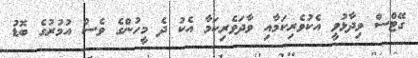
ގޭޓްސް ވިދާޅުވީ އެކުވެރިކަމާއި ވާދަވެރިކަމާ އެކު ދެ މީހުންގެ ވެސް އުމުރުގެ ބޮޑު